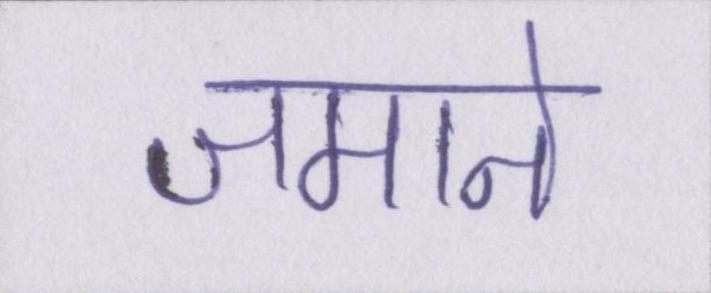
जमाने